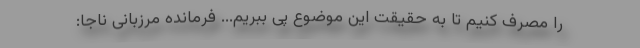
را مصرف کنیم تا به حقیقت این موضوع پی ببریم... فرمانده مرزبانی ناجا: